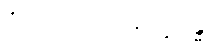
ဝိညာဏုပါဒါနက္ခန္ဓေ